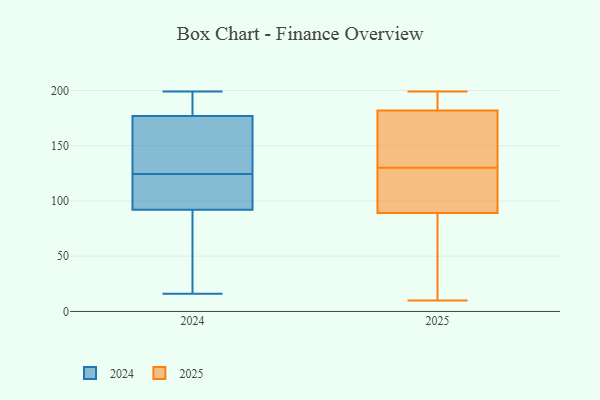
{"axis": {"x": "Net Income (USD K)", "y": "Value"}, "legend": ["2024", "2025"], "data": [{"x": "", "y": 92, "type": "2024"}, {"x": "", "y": 16, "type": "2024"}, {"x": "", "y": 160, "type": "2024"}, {"x": "", "y": 124, "type": "2024"}, {"x": "", "y": 138, "type": "2024"}, {"x": "", "y": 66, "type": "2024"}, {"x": "", "y": 194, "type": "2024"}, {"x": "", "y": 155, "type": "2024"}, {"x": "", "y": 193, "type": "2024"}, {"x": "", "y": 95, "type": "2024"}, {"x": "", "y": 92, "type": "2024"}, {"x": "", "y": 194, "type": "2024"}, {"x": "", "y": 112, "type": "2024"}, {"x": "", "y": 177, "type": "2024"}, {"x": "", "y": 47, "type": "2024"}, {"x": "", "y": 91, "type": "2024"}, {"x": "", "y": 199, "type": "2024"}, {"x": "", "y": 125, "type": "2024"}, {"x": "", "y": 114, "type": "2025"}, {"x": "", "y": 113, "type": "2025"}, {"x": "", "y": 199, "type": "2025"}, {"x": "", "y": 199, "type": "2025"}, {"x": "", "y": 112, "type": "2025"}, {"x": "", "y": 188, "type": "2025"}, {"x": "", "y": 10, "type": "2025"}, {"x": "", "y": 166, "type": "2025"}, {"x": "", "y": 150, "type": "2025"}, {"x": "", "y": 18, "type": "2025"}, {"x": "", "y": 191, "type": "2025"}, {"x": "", "y": 160, "type": "2025"}, {"x": "", "y": 14, "type": "2025"}, {"x": "", "y": 121, "type": "2025"}, {"x": "", "y": 180, "type": "2025"}, {"x": "", "y": 130, "type": "2025"}, {"x": "", "y": 20, "type": "2025"}]}